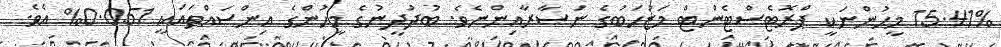
15.41% މީހުންނަކީ ޕްރޮޓެސްޓެންޓް މަޒުހަބުގެ ނަޞާރާއިންނެވެ. ބުދުދީނުގެ މީހުންގެ އިންސައްތައަކީ 0.051% އެވެ.